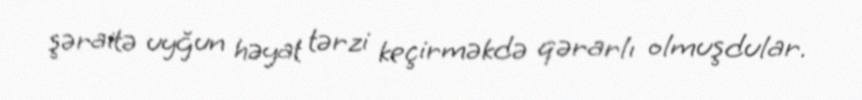
şəraitə uyğun həyat tərzi keçirməkdə qərarlı olmuşdular.